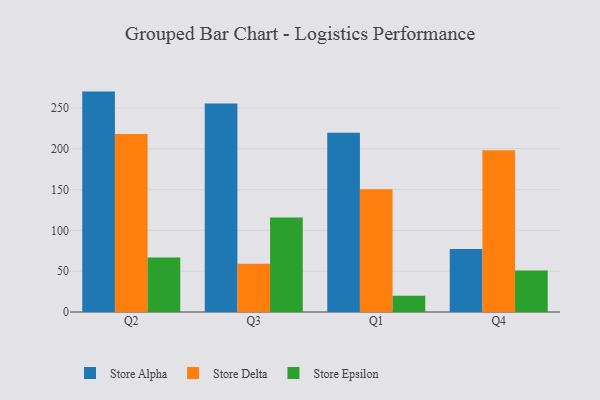
{"axis": {"x": "Quarter", "y": "Conversion Rate (%)"}, "legend": ["Store Alpha", "Store Delta", "Store Epsilon"], "data": [{"x": "Q2", "y": 270.1, "type": "Store Alpha"}, {"x": "Q2", "y": 218.2, "type": "Store Delta"}, {"x": "Q2", "y": 66.9, "type": "Store Epsilon"}, {"x": "Q3", "y": 255.4, "type": "Store Alpha"}, {"x": "Q3", "y": 59.0, "type": "Store Delta"}, {"x": "Q3", "y": 115.7, "type": "Store Epsilon"}, {"x": "Q1", "y": 219.7, "type": "Store Alpha"}, {"x": "Q1", "y": 150.3, "type": "Store Delta"}, {"x": "Q1", "y": 19.8, "type": "Store Epsilon"}, {"x": "Q4", "y": 77.2, "type": "Store Alpha"}, {"x": "Q4", "y": 198.1, "type": "Store Delta"}, {"x": "Q4", "y": 51.0, "type": "Store Epsilon"}]}